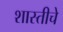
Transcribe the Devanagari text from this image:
शास्तीचे